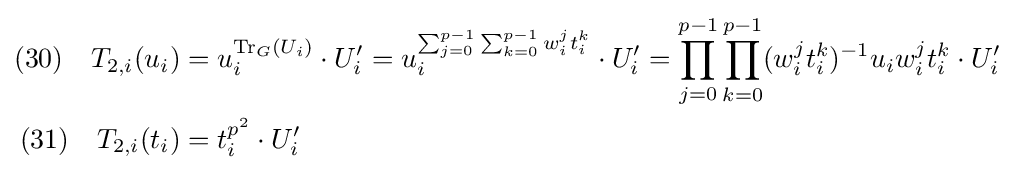
{\begin{aligned}(30)\quad T_{2,i}(u_{i})&=u_{i}^{\mathrm {Tr} _{G}(U_{i})}\cdot U_{i}'=u_{i}^{\sum _{j=0}^{p-1}\sum _{k=0}^{p-1}w_{i}^{j}t_{i}^{k}}\cdot U_{i}'=\prod _{j=0}^{p-1}\prod _{k=0}^{p-1}(w_{i}^{j}t_{i}^{k})^{-1}u_{i}w_{i}^{j}t_{i}^{k}\cdot U_{i}'\\(31)\quad T_{2,i}(t_{i})&=t_{i}^{p^{2}}\cdot U_{i}'\end{aligned}}